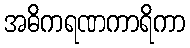
အဓိကရဏကာရိကာ